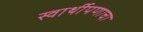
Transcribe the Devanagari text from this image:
स्वार्थीपणाचा